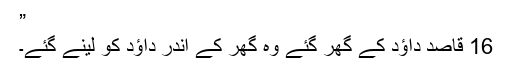
”
16 قاصد داؤد کے گھر گئے وہ گھر کے اندر داؤد کو لینے گئے۔